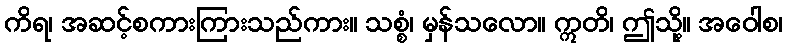
ကိရ၊ အဆင့်စကားကြားသည်ကား။ သစ္စံ၊ မှန်သလော။ ဣတိ၊ ဤသို့။ အဝေါစ၊